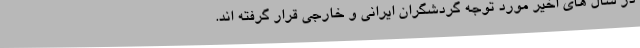
در سال های اخیر مورد توجه گردشگران ایرانی و خارجی قرار گرفته اند.